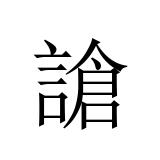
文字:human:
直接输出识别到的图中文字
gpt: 謒